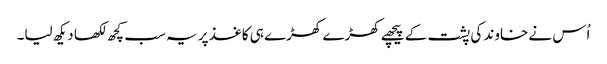
اُس نے خاوند کی پشت کے پیچھے کھڑے کھڑے ہی کاغذ پر یہ سب کچھ لکھا دیکھ لیا۔